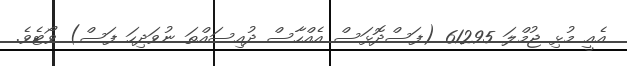
އެއީ މުޅި ޖުމްލަ 61295 (ފަސްދޮޅަސް އެއްހާސް ދުއިސައްތަ ނުވަދިހަ ފަސް) ވޯޓެވެ.